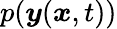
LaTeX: p(\boldsymbol{y}(\boldsymbol{x},t))